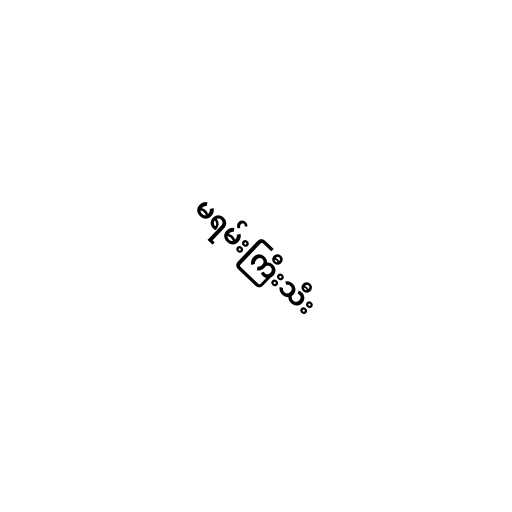
မရမ်းကြီးသီး